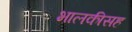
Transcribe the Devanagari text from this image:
भालकीसह